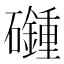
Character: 𥗦